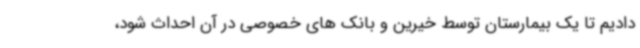
دادیم تا یک بیمارستان توسط خیرین و بانک های خصوصی در آن احداث شود،